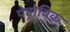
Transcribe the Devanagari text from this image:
पेट्रोविक